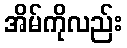
အိမ်ကိုလည်း